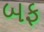
બફ